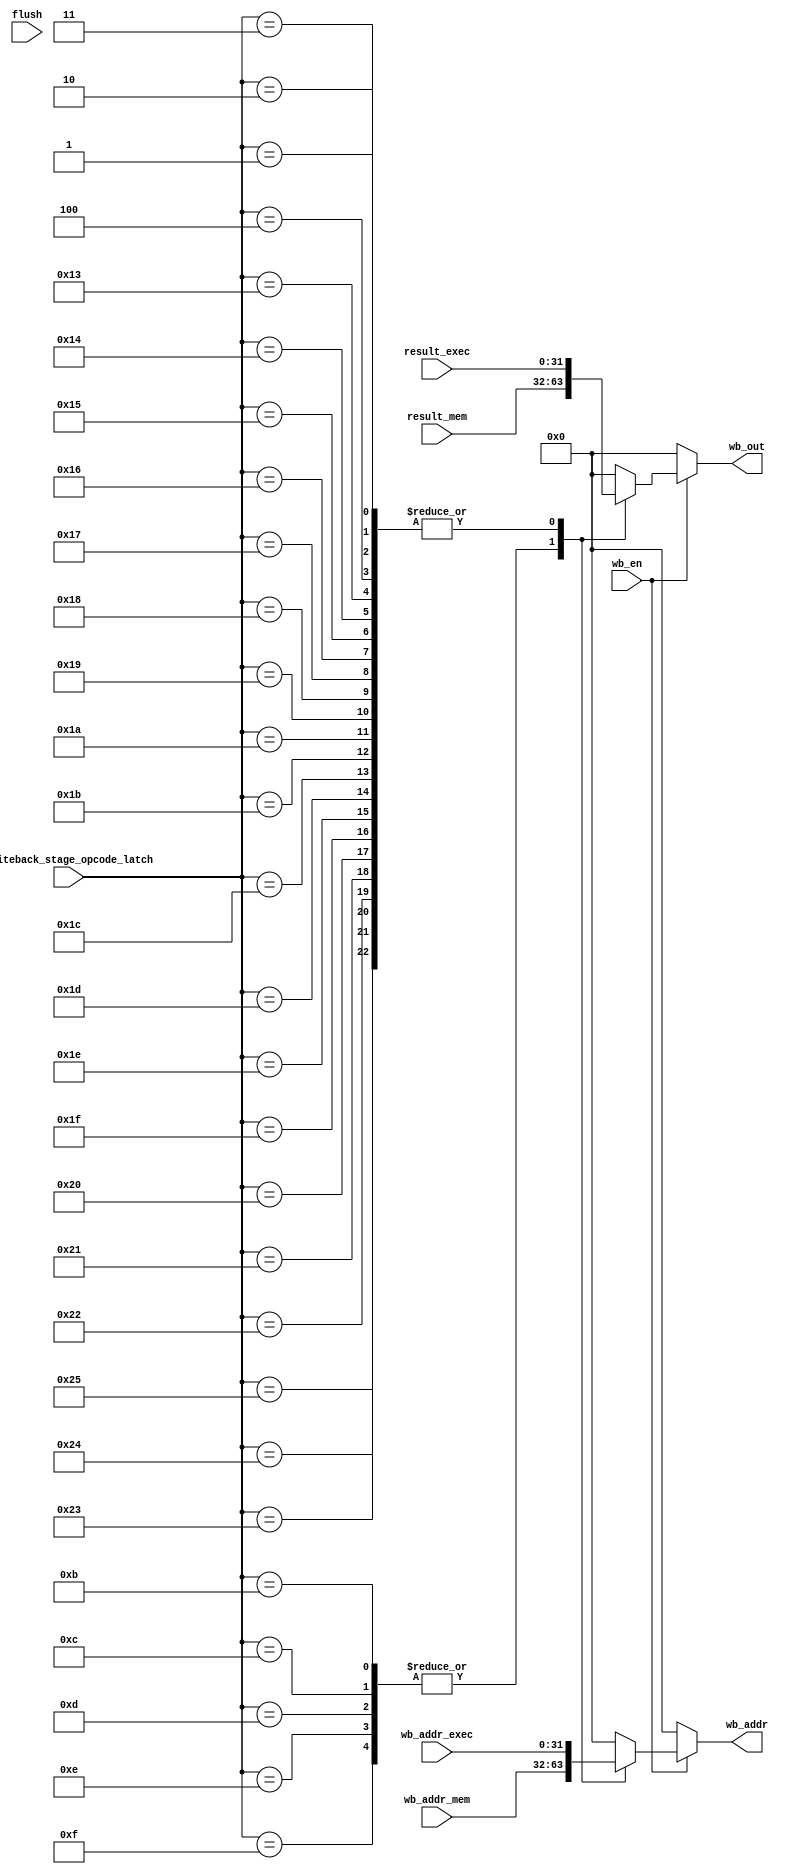
module writeback(
//input
result_exec,
result_mem,
wb_addr_exec,
wb_addr_mem,
writeback_stage_opcode_latch,

flush,
wb_en,
//output
wb_out,
wb_addr
);

//Parameters
parameter ADDR_WIDTH = 15; //32k ram
parameter DATA_WIDTH = 32;

parameter LUI = 7'd1;
parameter AUIPC = 7'd2;
parameter JAL = 7'd3;
parameter JALR = 7'd4;
parameter BEQ = 7'd5;
parameter BNE = 7'd6;
parameter BLT = 7'd7;
parameter BGE = 7'd8;
parameter BLTU = 7'd9;
parameter BGEU = 7'd10;
parameter LB = 7'd11;
parameter LH = 7'd12;
parameter LW = 7'd13;
parameter LBU = 7'd14;
parameter LHU = 7'd15;
parameter SB = 7'd16;
parameter SH = 7'd17;
parameter SW = 7'd18;
parameter ADDI = 7'd19;
parameter SLTI = 7'd20;
parameter SLTIU = 7'd21;
parameter XORI = 7'd22;
parameter ORI = 7'd23;
parameter ANDI = 7'd24;
parameter SLLI = 7'd25;
parameter SRLI = 7'd26;
parameter SRAI = 7'd27;
parameter ADD = 7'd28;
parameter SUB = 7'd29;
parameter SLL = 7'd30;
parameter SLT = 7'd31;
parameter SLTU = 7'd32;
parameter XOR = 7'd33;
parameter SRL = 7'd34;
parameter SRA = 7'd35;
parameter OR = 7'd36;
parameter AND = 7'd37;
parameter FENCE = 7'd38;
parameter ECALL = 7'd39;
parameter EBREAK = 7'd40;

input [31:0] result_exec;
input [31:0] result_mem;
input [31:0] wb_addr_exec;
input [31:0] wb_addr_mem;

input flush;
input wb_en;
input  [6:0]writeback_stage_opcode_latch;
output reg [31:0] wb_out;
output reg [31:0] wb_addr;



always @(*) begin
	wb_out 	= 0;
	wb_addr = 0;
	//Writeback decoder
	if( wb_en) begin
		case(writeback_stage_opcode_latch)

			LB,
			LH,	
			LW,	
			LBU,	
			LHU : begin
				//mem results
				wb_out 	= result_mem;
				wb_addr = wb_addr_mem;
			end

	
					
			LUI,
			AUIPC,	
			JAL,	
			JALR,

			ADDI,
			SLTI,
			SLTIU,
			XORI,
			ORI,
			ANDI,
			SLLI,
			SRLI,
			SRAI,
			ADD,
			SUB,
			SLL,
			SLT,
			SLTU,
			XOR,
			SRL,
			SRA,
			OR,
			AND : begin
				//simple exec results
				wb_out 	= result_exec;
				wb_addr = wb_addr_exec;
			end
			
			FENCE : begin end
			ECALL : begin end
			EBREAK : begin end
		endcase
	end
end

endmodule